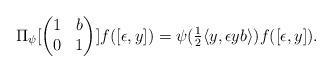
LaTeX: \begin{align*}\Pi_{\psi}[\begin{pmatrix} 1&b\\ 0 & 1\end{pmatrix}]f([\epsilon, y])=\psi(\tfrac{1}{2}\langle y,\epsilon yb\rangle) f([\epsilon,y]).\end{align*}